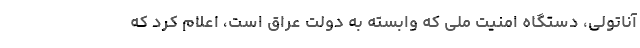
آناتولی، دستگاه امنیت ملی که وابسته به دولت عراق است، اعلام کرد که